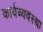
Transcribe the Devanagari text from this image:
कार्यव्यवस्था